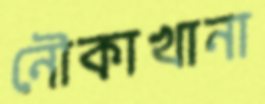
নৌকাখানা